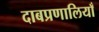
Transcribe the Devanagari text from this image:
दाबप्रणालियाँ